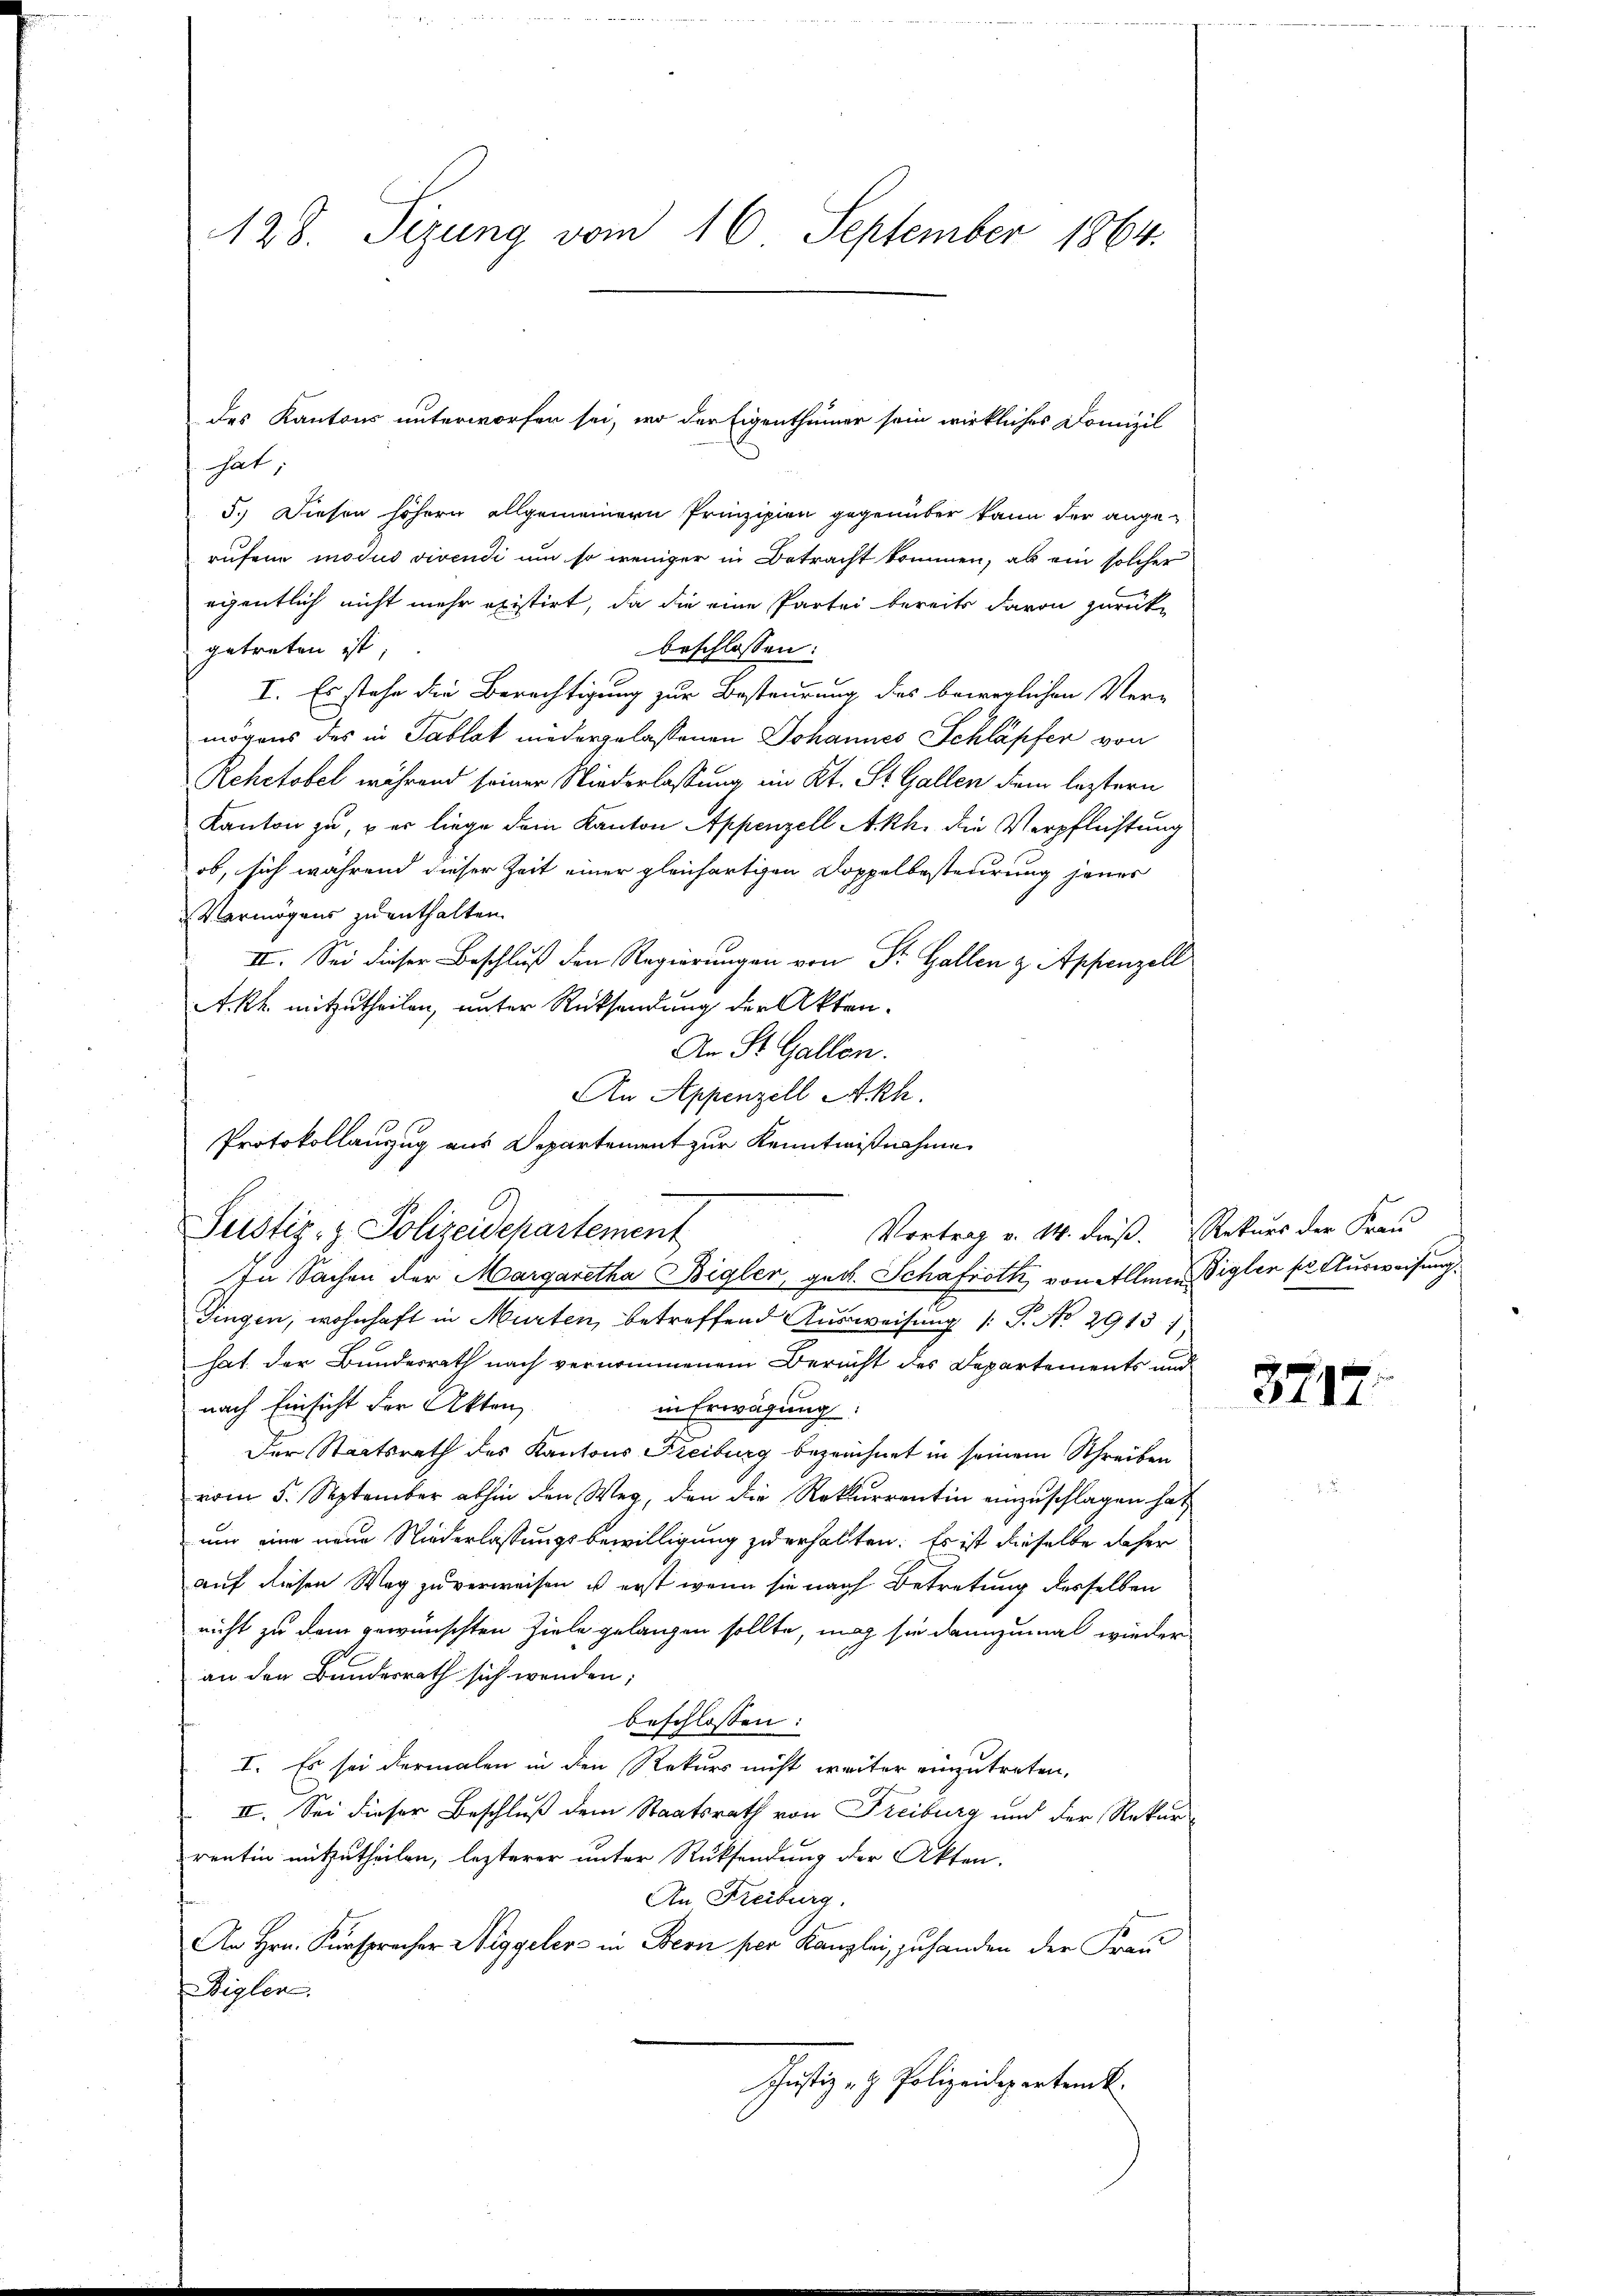
128. Sizung vom 16. September 1864.

hat,
5.) Diesen höhern allgemeinern Prinzipien gegenüber kann der ange-
rufene modus vivendi um so weniger in Betracht kommen, als ein solcher
eigentlich nicht mehr existirt, da die eine Partei bereits davon zurück-
getreten ist,
beschlossen:
I. Es stehe die Berechtigung zur Besteurung des beweglichen Vermögens des in Tablat niedergelaßenen Johannes Schläpfer von
Rehctobel während seiner Niederlassung im Kt. St. Gallen dem leztern
Kanton zu, er liege dein Kanton Appenzell Akh. die Verpflichtung
ob, sich während dieser Zeit einer gleichartigen Doppelbesteurung jenes
Vermögens zu enthalten.
II. Sei dieser Beschluß den Regierungen von Dr. Gallen z. Appenzell
Akh mitzutheilen, unter Rücksendung der Akten-
An St. Gallen.
An Appenzell Akh.
Protokollanzug aus Departement zur Kenntnißnahme
In Sachen der Margaretha Bigler, geb. Schäfroth von Allmen Bigler so Ausweisung.
Fingen, wohnhaft in Murten, betreffend Ausweisung /: P. No 29131.
hat der Bundesrath nach vernommenem Bericht des Departements und
nach Einsicht der Akten
in Erwägung:
Der Staatsrath des Kantons Freiburg bezeichnet in seinem Schreiben
vom 5. September abhin den Weg, den die Rekurrentin einzuschlagen hat
um eine neue Niederlassungsbewilligung zu erhalten. Es ist dieselbe daher
auf diesen Weg zu verweisen, u erst wenn sie nach Betretung desselben
nicht zu dem gewünschten Ziele gelangen sollte, mag sie dannzumal wieder
an den Bundesrath sich wenden;
beschlossen:
I. Es sei dermalen in den Rekurs nicht weiter einzutreten,
II. Sei dieser Beschluß dem Staatsrath von Freiburg und der Rekur-
rentin mitzutheilen, lezterer unter Rücksendung der Akten.
An Freiburg.
An Hrn. Kursprecher Weggelers in Bern per Kanzlei, zu handen der Frau
Biglen,
Justiz- & Polizeidepartenk

Justiz- & Polizeidepartement

des Kantons unterworfen sei, wo der Eigenthümer sein wirkliches Domizil

Vortrag v. 14. dieß. Rekurs der Frau

3717.